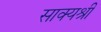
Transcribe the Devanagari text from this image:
साक्यश्री